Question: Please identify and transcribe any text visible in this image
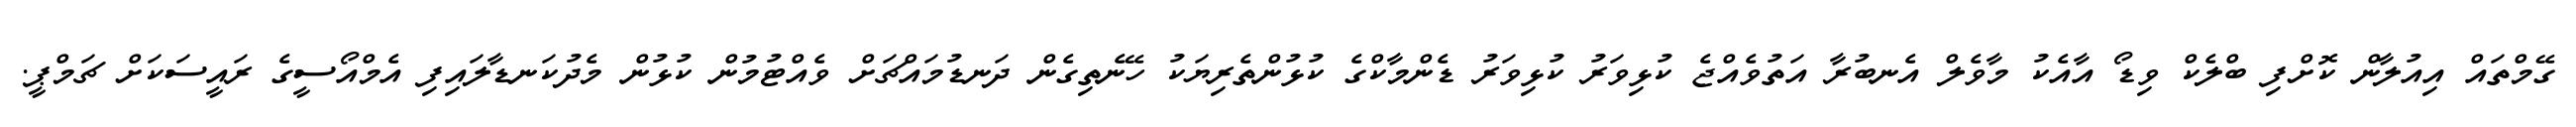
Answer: ގޭމްތައް އިއުލާން ކޮށްފި ބްލެކް ވިޑޯ އާއެކު މާވެލް އެނބުރާ އަތުވެއްޖެ ކުޅިވަރު ކުޅިވަރު ޑެންމާކްގެ ކުޅުންތެރިޔަކު ހޭނެތިގެން ދަނޑުމައްޗަށް ވެއްޓުމުން ކުޅުން މެދުކަނޑާލައިފި އެމްއޯސީގެ ރައީސަކަށް ޗަމްޕީ.